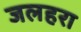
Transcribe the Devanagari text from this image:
जलहरा